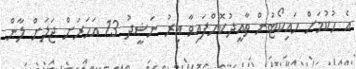
އެ ހުކުމަށް ހައިކޯޓުން ތާއީދުކޮށްފައިވާ އިރު ނަޝީދު 13 އަހަރަށް ޖަލަށް ލާން